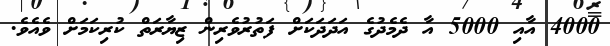
4000 އާއި 5000 އާ ދެމެދުގެ އަދަދަކަށް ފަތުރުވެރިން ޒިޔާރަތް ކުރިކަމަށް ވެއެވެ.